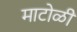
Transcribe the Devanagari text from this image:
माटोळी